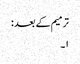
ترمیم کے بعد :
۱۔